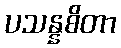
ပသန္နစိတာ